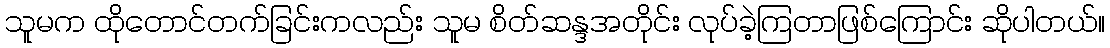
သူမက ထိုတောင်တက်ခြင်းကလည်း သူမ စိတ်ဆန္ဒအတိုင်း လုပ်ခဲ့ကြတာဖြစ်ကြောင်း ဆိုပါတယ်။